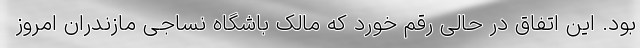
بود. این اتفاق در حالی رقم خورد که مالک باشگاه نساجی مازندران امروز